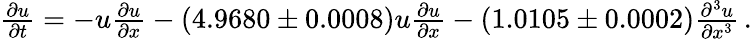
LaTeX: \begin{array}{r}{\frac{\partial u}{\partial t}=-u\frac{\partial u}{\partial x}-(4.9680\pm 0.0008)u\frac{\partial u}{\partial x}-(1.0105\pm 0.0002)\frac{\partial^{3}u}{\partial x^{3}}\, .}\end{array}